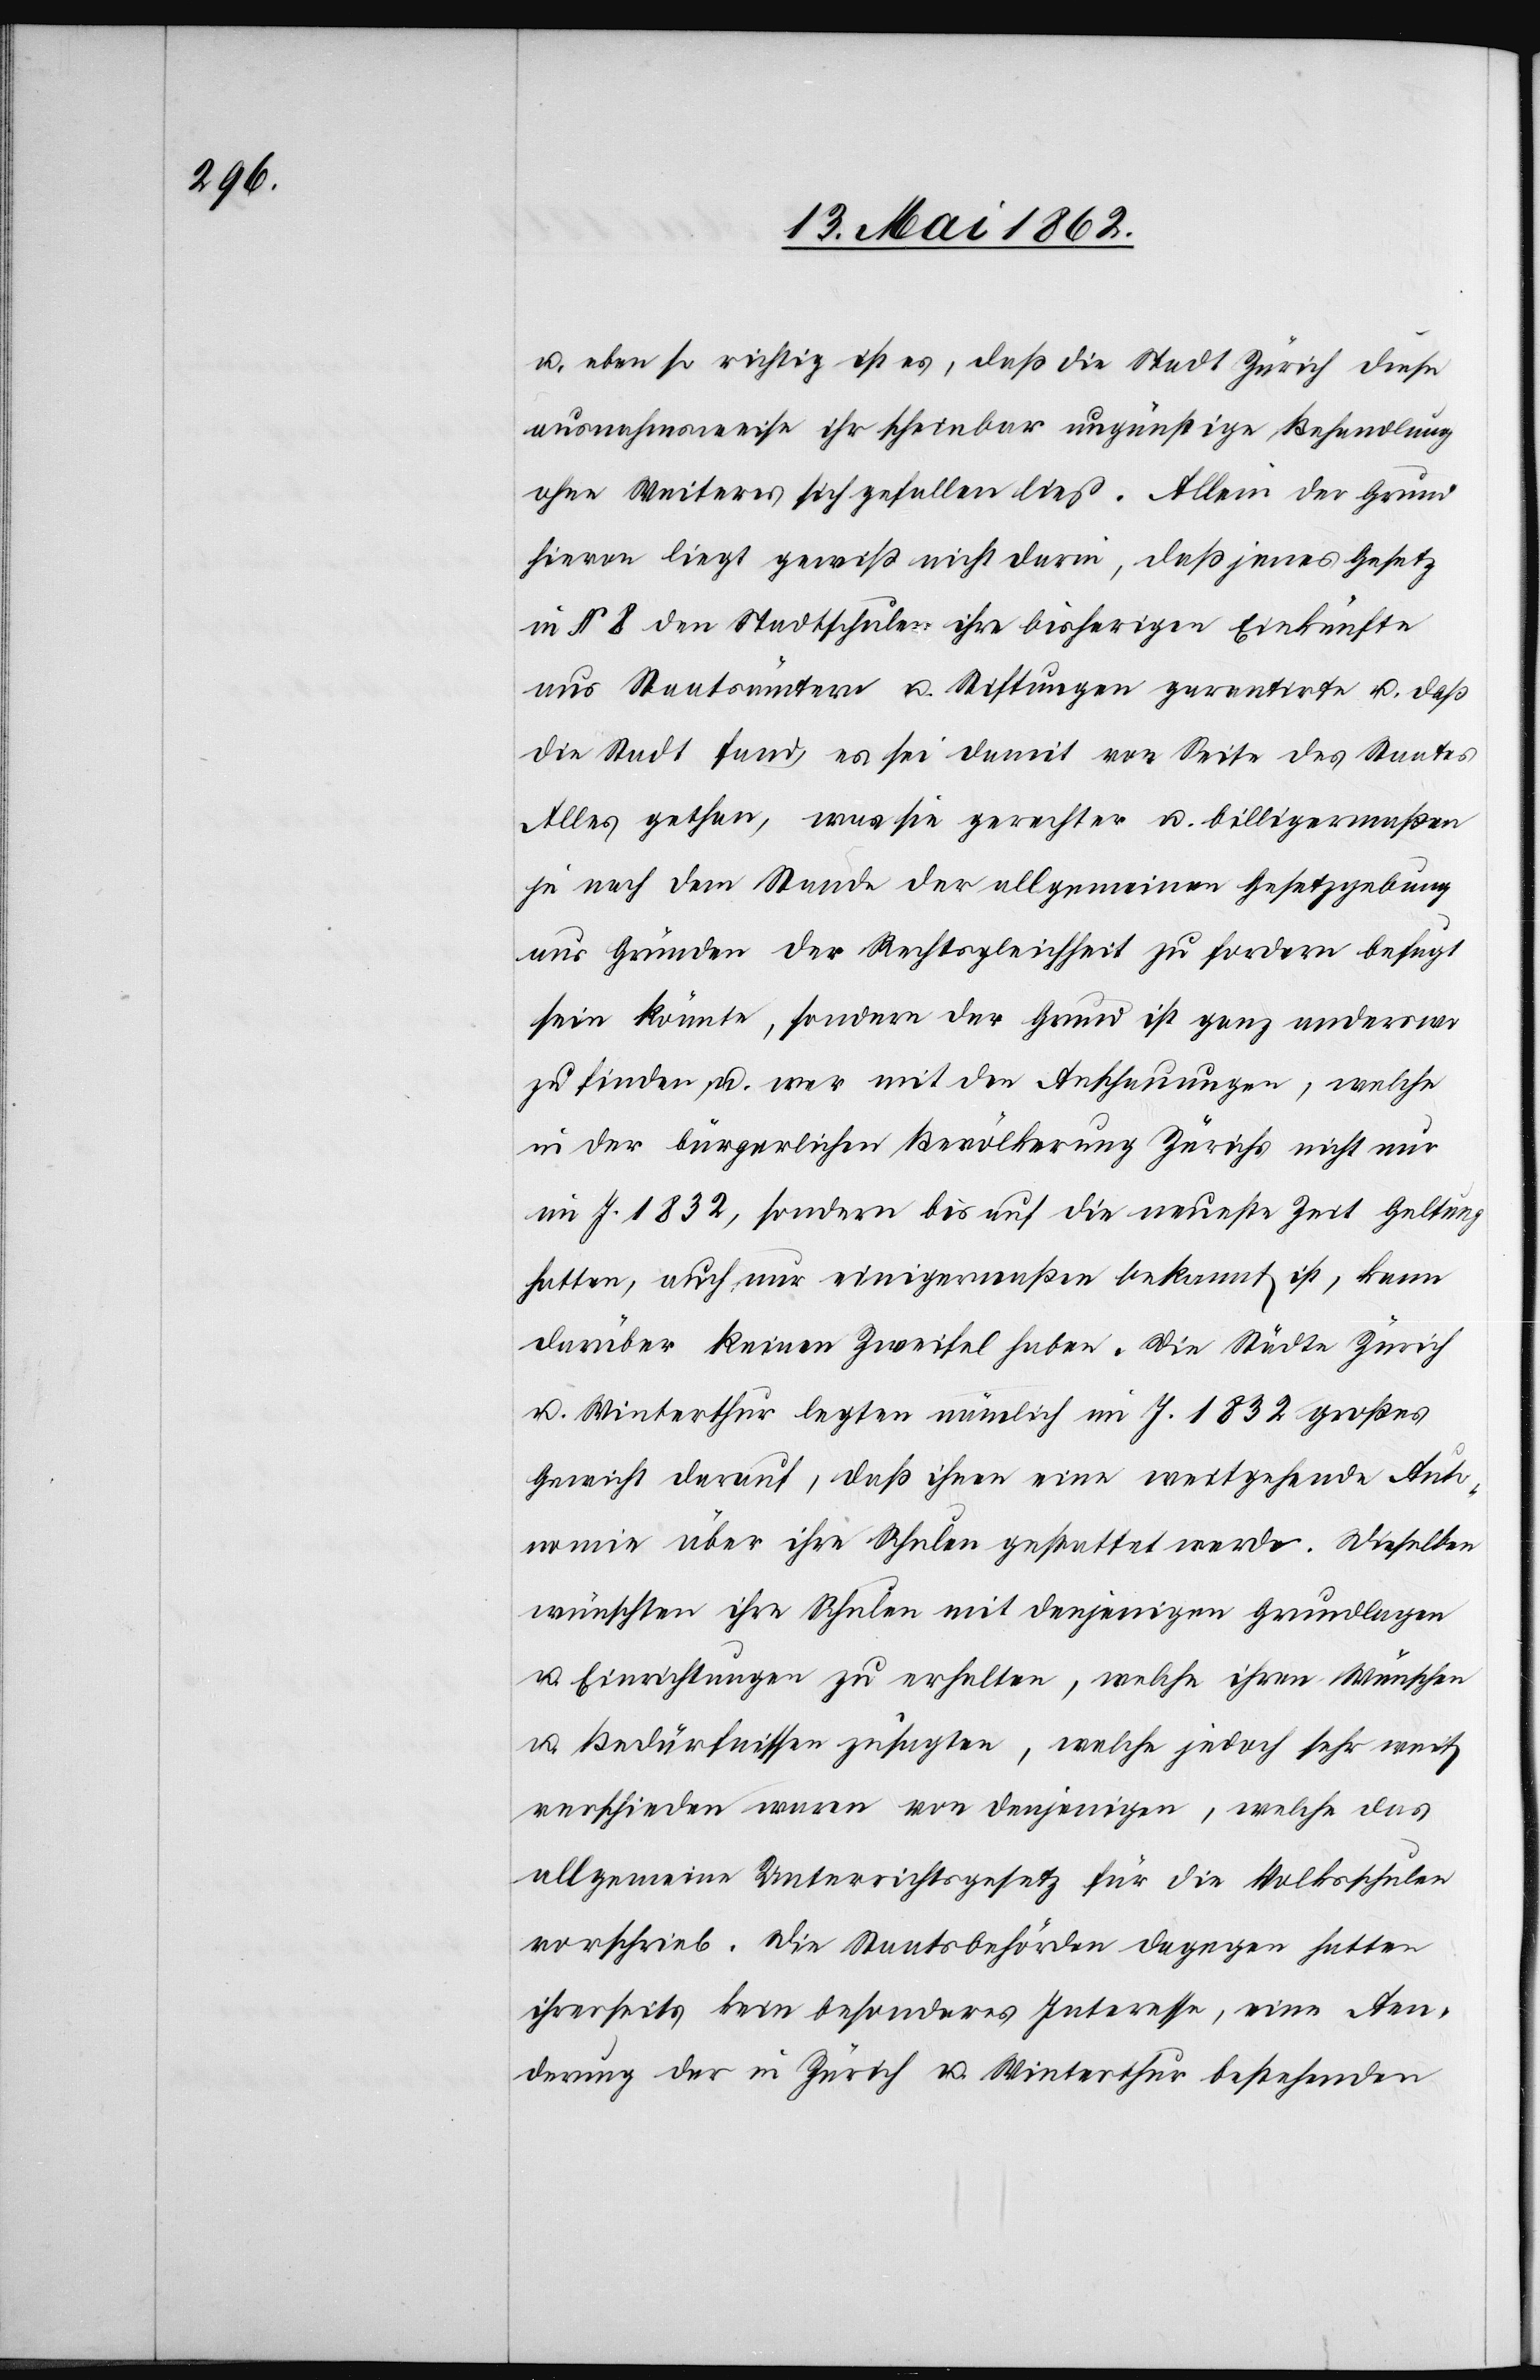
u. eben so richtig ist es, daß die Stadt Zürich diese
ausnahmsweise ihr scheinbar ungünstige Behandlung
ohne Weiteres sich gefallen lies. Allein der Grund
hievon liegt gewiß nicht darin, daß jenes Gesetz
in § 8 den Stadtschulen ihre bisherigen Einkünfte
aus Staatsämtern u. Stiftungen garantirte u. daß
die Stadt fand es sei damit von Seite des Staates
Alles gethan, was sie gerechter u. billigermaßen
je nach dem Stande der allgemeinen Gesetzgebung
aus Gründen der Rechtsgleichheit zu fordern befugt
sein könnte, sondern der Grund ist ganz anderswo
zu finden u. wer mit den Anschauungen, welche
in der bürgerlichen Bevölkerung Zürichs nicht nur
im J. 1832, sondern bis auf die neueste Zeit Geltung
hatten, auch nur einigermaßen bekannt ist, kann
darüber keinen Zweifel haben. Die Städte Zürich
u. Winterthur legten nämlich im J. 1832 großes
Gewicht darauf, daß ihnen eine weitgehende Aut¬
onomie über ihre Schule gestattet werde. Dieselben
wünschten ihre Schulen mit denjenigen Grundlagen
u. Einrichtungen zu erhalten, welche ihren Wünschen
u. Bedürfnissen zusagten, welche jedoch sehr weit
verschieden waren von denjenigen, welche das
allgemeine Unterrichtsgesetz für die Volksschulen
vorschrieb. Die Staatsbehörden dagegen hatten
ihrerseits kein besonderes Interesse, eine Aen¬
derung der in Zürich u. Winterthur bestehenden